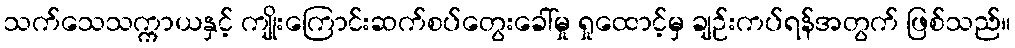
သက်သေသက္ကာယနှင့် ကျိုးကြောင်းဆက်စပ်တွေးခေါ်မှု ရှုထောင့်မှ ချဉ်းကပ်ရန်အတွက် ဖြစ်သည်။